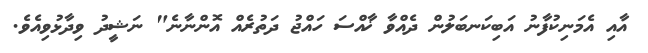
އާއި އެމަނިކުފާނު އަބިކަނބަލުން ދެއްވާ ޚާއްސަ ހައްޖު ދަތުރެއް އޮންނާނެ" ނަޝީދު ވިދާޅުވިއެވެ.